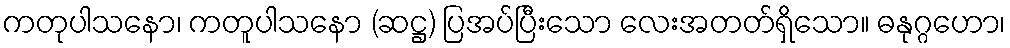
ကတုပါသနော၊ ကတူပါသနော (ဆဋ္ဌ) ပြအပ်ပြီးသော လေးအတတ်ရှိသော။ ဓနုဂ္ဂဟော၊